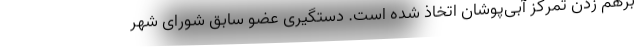
برهم زدن تمرکز آبی‌پوشان اتخاذ شده است. دستگیری عضو سابق شورای شهر